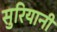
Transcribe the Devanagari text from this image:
सुरियानी